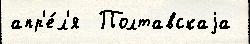
апр'е́л'я  Полтавскаjа